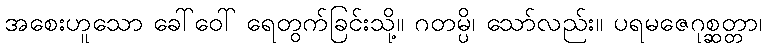
အစေးဟူသော ခေါ်ဝေါ် ရေတွက်ခြင်းသို့။ ဂတမ္ပိ၊ သော်လည်း။ ပရမဇေဂုစ္ဆတ္တာ၊